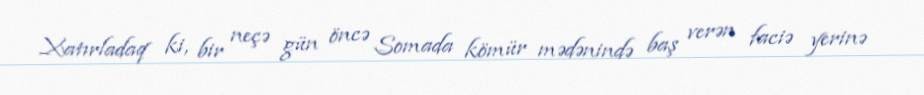
Xatırladaq ki, bir neçə gün öncə Somada kömür mədənində baş verən faciə yerinə